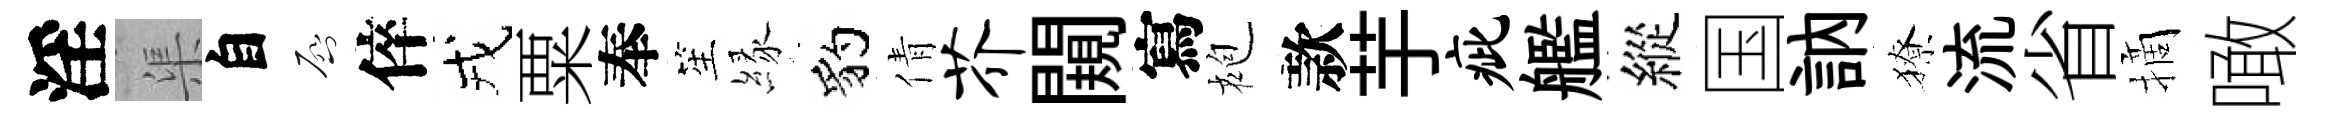
淫渠自啓倅戎粟奉笙縁豹倩芥闚寫袍款芋疵艦縱国訥獠流省摘噉